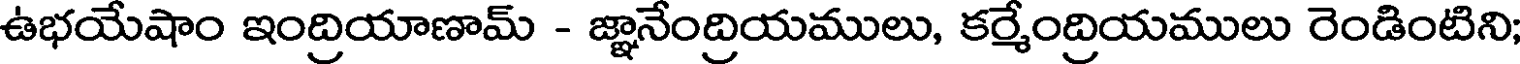
ఉభయేషాం ఇంద్రియాణామ్ - జ్ఞానేంద్రియములు, కర్మేంద్రియములు రెండింటిని